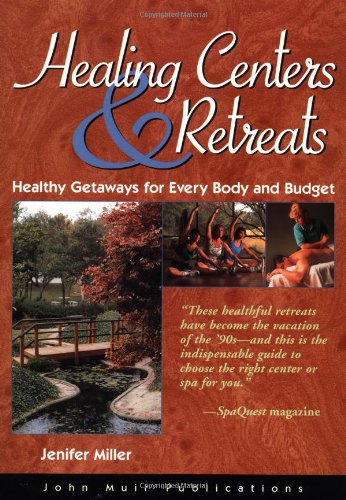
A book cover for Healing Centers & Retreats: Healthy Getaways for Every Body and Budget; Jenifer Miller; Travel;